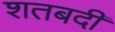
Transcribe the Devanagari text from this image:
शतबदी